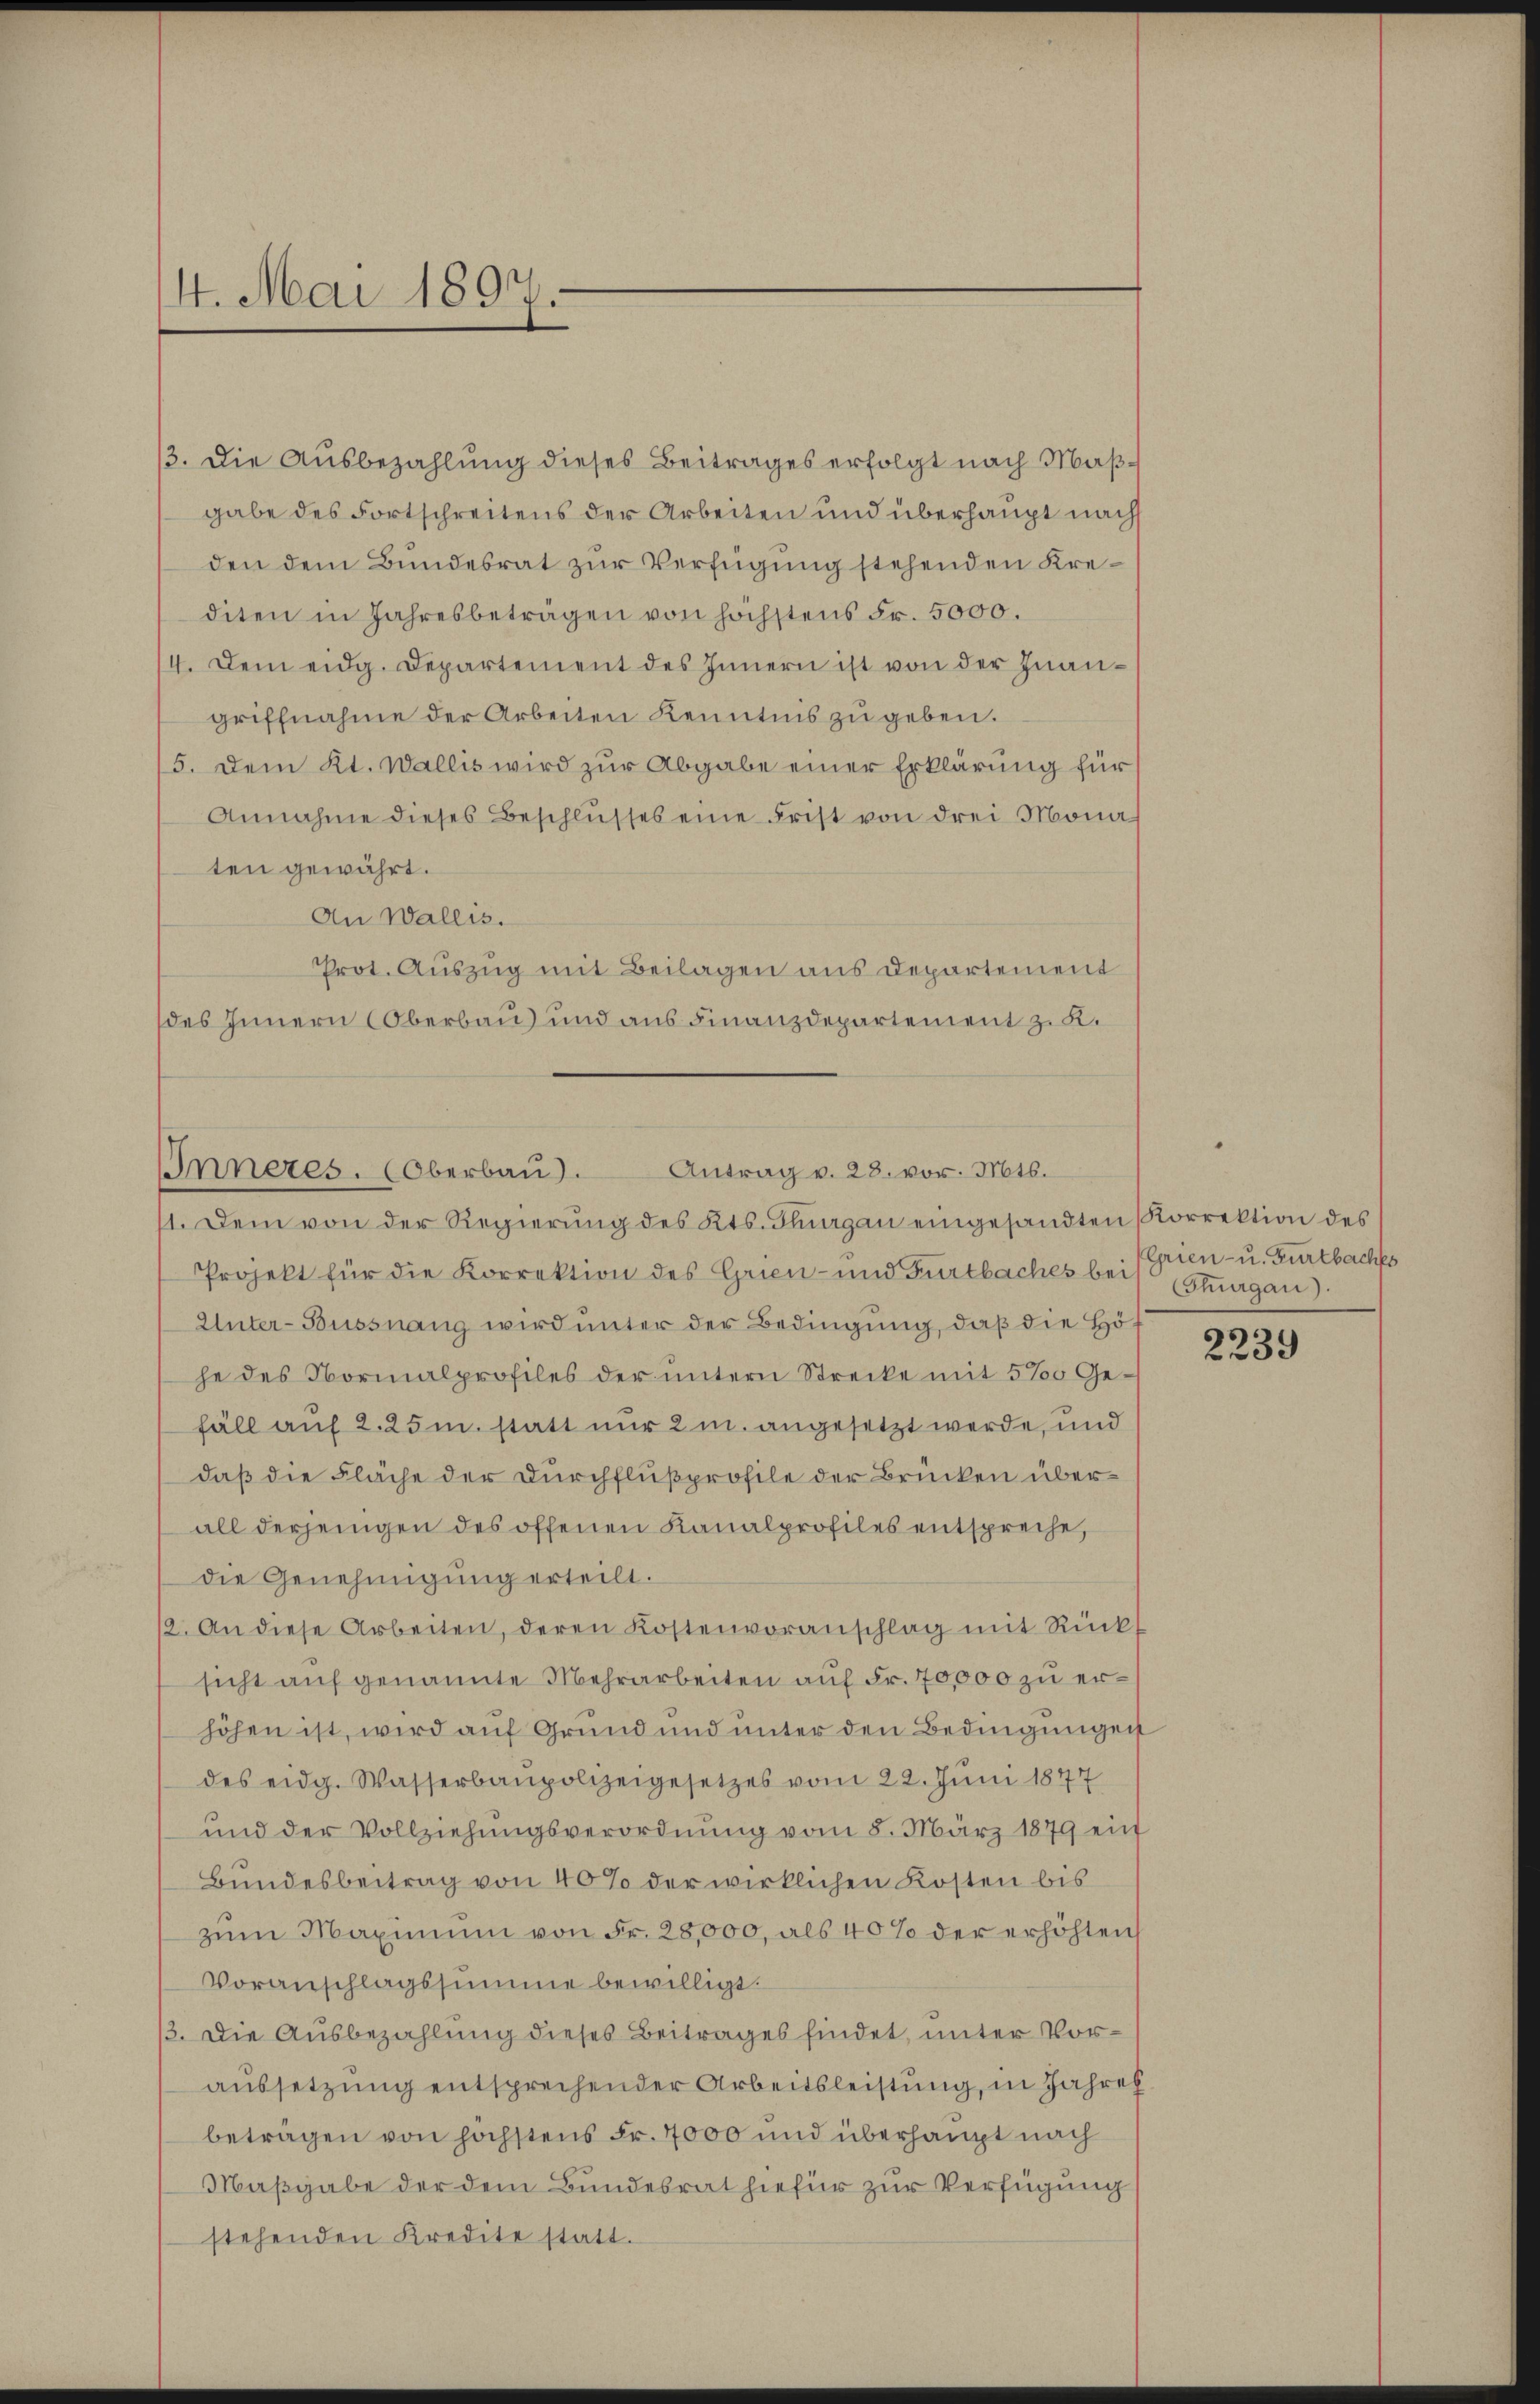
14. Mai 1891.

Inneres. (Oberbaŭ). Antrag v. 23. vor. Mts.

3. Die Ausbezahlung dieses Beitrages erfolgt nach Maßgabe des Fortschreitens der Arbeiten und überhaupt nach
den dem Bundesrat zur Verfügung stehenden Krediten in Jahresbeträgen von höchstens Fr. 5000.
4. Dem eidg. Departement des Innern ist von der Inangriffnahme der Arbeiten Kenntnis zu geben.
15. Dem Kt. Wallis wird zur Abgabe einer Erklärung für
Annahme dieses Beschlŭsses eine Frist von drei Mona
ten gewährt.
An Wallis.
Prot. Auszug mit Beilagen aus Departement
des Innern Oberbau und aus Finanzdepartement z. R.

1. Dem von der Regierŭng des Kts. Thurgau eingesandten Korrektion des
Projekt für die Korrektion des Grien- und Furtbaches bei Estuugau)
Unter-Bussnang wird unter der Bedingung, daß die Höf
he des Formalprofiles der untern Strecke mit 5‰ Gefäll auf 2.25m. statt nur 2 u. angesetzt werde, und
daß die Fläche der Durchflußprofile der Brücken überall derjenigen des offenen Kanalprofiles entspreche,
die Genehmigŭng erteilt.
12. An diese Arbeiten, deren Kostenvoranschlag mit Rück
sicht auf genannte Mehrarbeiten auf Fr. 70,000 zu erhöhen ist, wird auf Grund und unter den Bedingungen
des eidg. Wasserbaupolizeigesetzes vom 22. Juni 1877
und der Vollziehŭngsverordnung vom 8. März 1879 ein
Bundesbeitrag von 40% der wirklichen Kosten bis
zŭm Maximum von Fr. 28,000, als 40% der erhöhten
Voranschlagssumme bewilligt.
3. Die Ausbezahlung dieses Beitrages findet, unter Voraussetzung entsprechender Arbeitsleistung, in Jahre
beträgen von höchstens Fr. 4000 und überhaupt nach
Maßgabe der dem Bundesrat hiefür zur Verfügung
stehenden Kredite statt.

Grien- u. Gurtbaches

2239